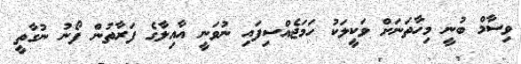
ވިސާމް ބުނީ މިހާތަނަށް ވަކީލަކު ހަމަޖެއްސިފައި ނުވަނީ އާއިލާގެ ފަރާތުން ފޯނު ނުގާތީ